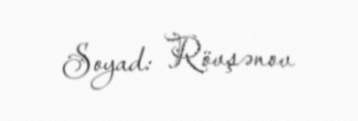
Soyad: Rövşənov